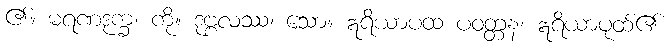
၏။ မရဏဒုက္ခံ၊ ကို။ ဒုဗ္ဗလဿ၊ သော။ ဣရိယာပထ ပဝတ္တန၊ ဣရိယာပုထ်၏